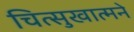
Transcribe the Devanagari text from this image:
चित्सुखात्मने